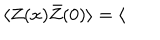
LaTeX: \langle Z ( x ) \bar { Z } ( 0 ) \rangle = \langle